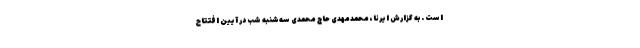
است . به گزارش ایرنا، محمدمهدی حاج‌ محمدی سه‌شنبه شب در آیین افتتاح